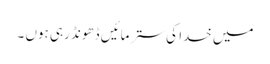
میں خدا کی ستر مائیں ڈھونڈ رہی ہوں ۔